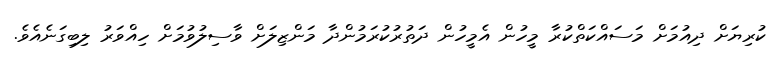
ކުރިޔަށް ދިއުމަށް މަސައްކަތްކުރާ މީހުން އެމީހުން ދަތުރުކުރަމުންދާ މަންޒިލަށް ވާސިލުވުމަށް ހިއްވަރު ލިބިގަނެއެވެ.